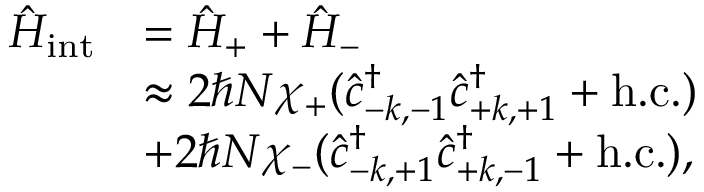
\begin{array} { r l } { \hat { H } _ { \mathrm { i n t } } } & { = \hat { H } _ { + } + \hat { H } _ { - } } \\ & { \approx 2 \hbar N \chi _ { + } ( \hat { c } _ { \- - k , - 1 } ^ { \dagger } \hat { c } _ { + k , + 1 } ^ { \dagger } + \mathrm { h . c . } ) } \\ & { + 2 \hbar N \chi _ { - } ( \hat { c } _ { \- - k , + 1 } ^ { \dagger } \hat { c } _ { + k , - 1 } ^ { \dagger } + \mathrm { h . c . } ) , } \end{array}